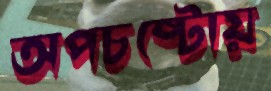
অপচষ্টোয়